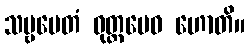
သဗ္ဗမေတံ ဝုတ္တမေဝ ဟောတိ။